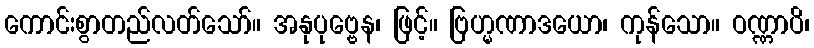
ကောင်းစွာတည်လတ်သော်။ အနုပုဗ္ဗေန၊ ဖြင့်။ ဗြဟ္မဏာဒယော၊ ကုန်သော။ ဝဏ္ဏာပိ၊